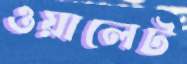
ওয়ালেট